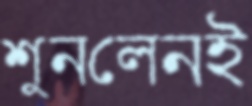
শুনলেনই